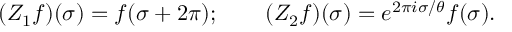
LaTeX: ( Z _ { 1 } f ) ( \sigma ) = f ( \sigma + 2 \pi ) ; \qquad ( Z _ { 2 } f ) ( \sigma ) = e ^ { 2 \pi i \sigma / \theta } f ( \sigma ) .